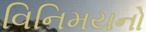
વિનિમયનો